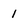
Character: 1